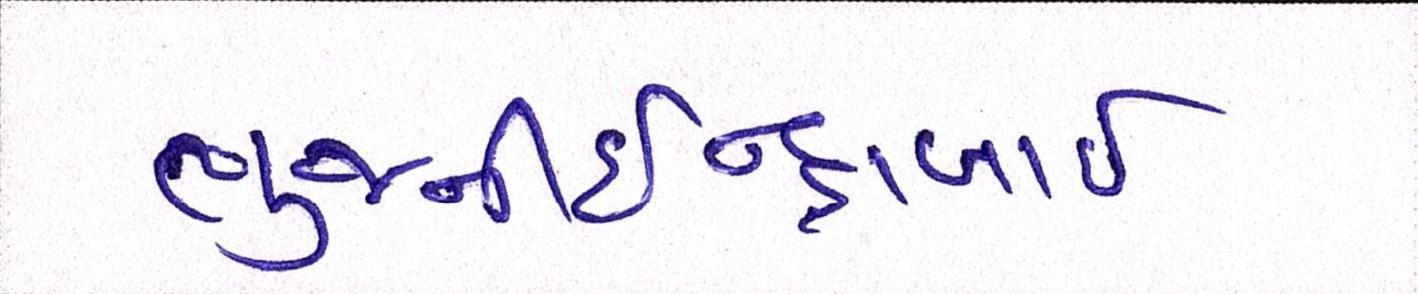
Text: ભુજનીઇન્દ્રાબાઇ